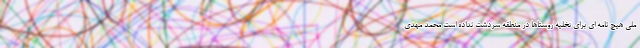
ملی هیچ نامه ای برای تخلیه روستاها در منطقه سردشت نداده است محمد مهدی